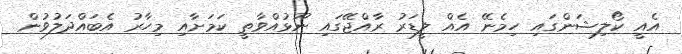
އެއީ ކޯލިޝަންގައި ހިމެނޭ އެއް ލީޑަރު ރާއްޖޭގައި ނޫޅުއްވާތީ ކަަމަށާއި މިހާރު އެބައްދަލުވުން